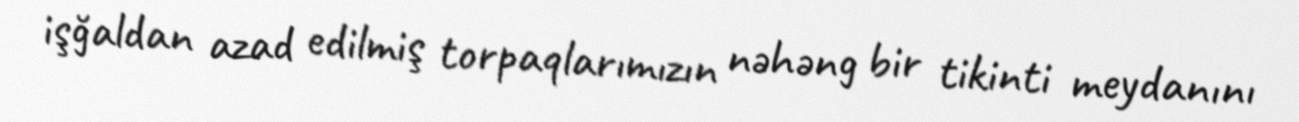
işğaldan azad edilmiş torpaqlarımızın nəhəng bir tikinti meydanını